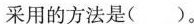
采用的方法是()。